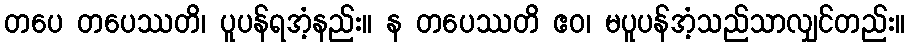
တပေ တပေဿတိ၊ ပူပန်ရအံ့နည်း။ န တပေဿတိ ဧဝ၊ မပူပန်အံ့သည်သာလျှင်တည်း။